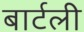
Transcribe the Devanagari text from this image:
बार्टली